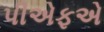
પીએફએ